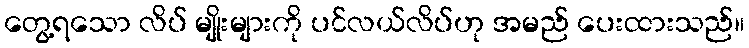
တွေ့ရသော လိပ် မျိုးများကို ပင်လယ်လိပ်ဟု အမည် ပေးထားသည်။